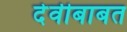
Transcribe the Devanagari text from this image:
देवीबाबत